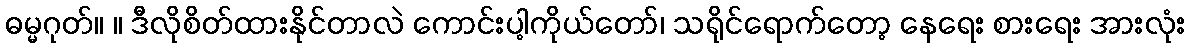
ဓမ္မဂုတ်။ ။ ဒီလိုစိတ်ထားနိုင်တာလဲ ကောင်းပါ့ကိုယ်တော်၊ သရိုင်ရောက်တော့ နေရေး စားရေး အားလုံး